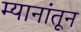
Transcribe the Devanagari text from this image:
म्यानांतून